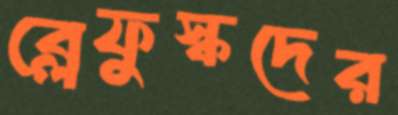
ব্লেফুস্কদের